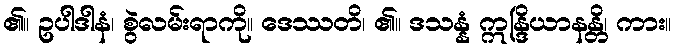
၏။ ဥပါဒါနံ၊ စွဲလမ်းရာကို။ ဒေဿတိ၊ ၏။ ဒသန္နံ ဣန္ဒြိယာနန္တိ၊ ကား။